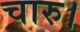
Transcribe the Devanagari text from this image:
चारु।